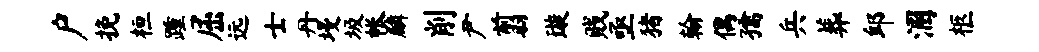
户挽桓踵屈远士丹墁圾帐麟削尹翦璇贱亟猪翰偶孺兵葬邱溷柩